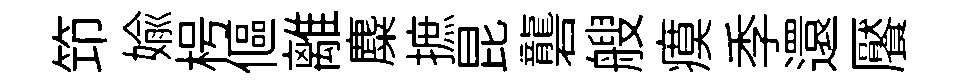
笻媮枵傴離麋摭昆礱艘瘼季還饜